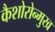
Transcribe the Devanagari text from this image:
कैशोरोन्मुख